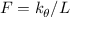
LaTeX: F = k _ { \theta } / L